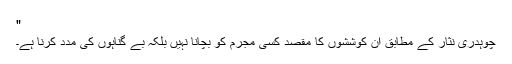
"
چوہدری نثار کے مطابق ان کوششوں کا مقصد کسی مجرم کو بچانا نہیں بلکہ بے گناہوں کی مدد کرنا ہے۔